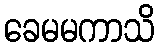
ခေမမကာသိ